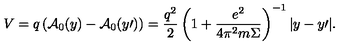
V = q \left( { { \cal A } _ { 0 } ( y ) - { \cal A } _ { 0 } ( y { \prime } ) } \right) = \frac { { q ^ { 2 } } } { 2 } \left( { 1 + \frac { { e ^ { 2 } } } { { 4 \pi ^ { 2 } m \Sigma } } } \right) ^ { - 1 } | y - y { \prime } | .